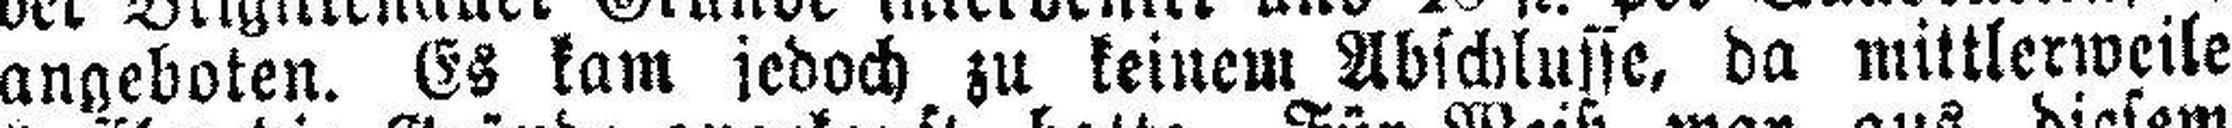
angeboten. Es kam jedoch zu keinem Abschlusse, da mittlerweile